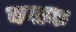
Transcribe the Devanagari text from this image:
कतक